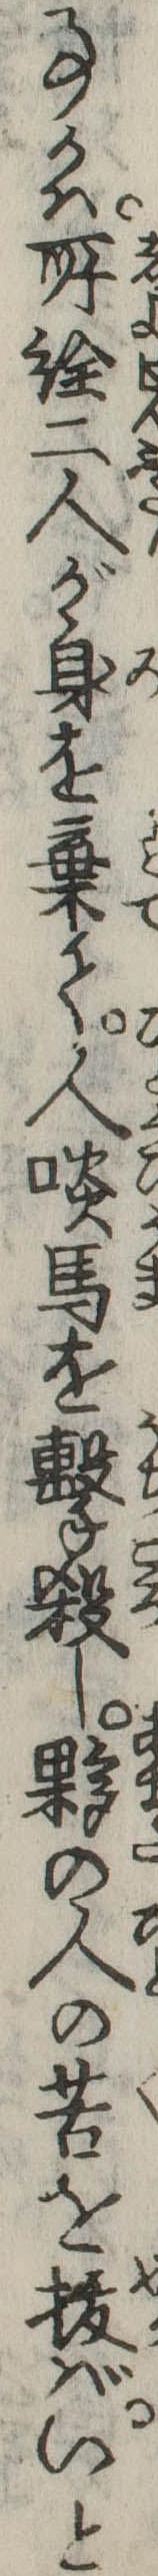
事かは所詮二人が身を棄て人啖馬を撃殺し夥の人の苦を抜ばいと